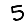
Digit: 5